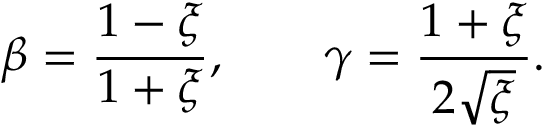
\beta = { \frac { 1 - \xi } { 1 + \xi } } , \qquad \gamma = { \frac { 1 + \xi } { 2 \sqrt { \xi } } } .